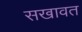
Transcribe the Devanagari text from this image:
सखावत